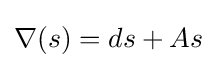
\nabla (s)=ds+As